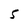
Character: 5